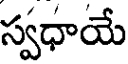
స్వధాయే